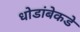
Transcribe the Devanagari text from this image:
धोडांबेकडे